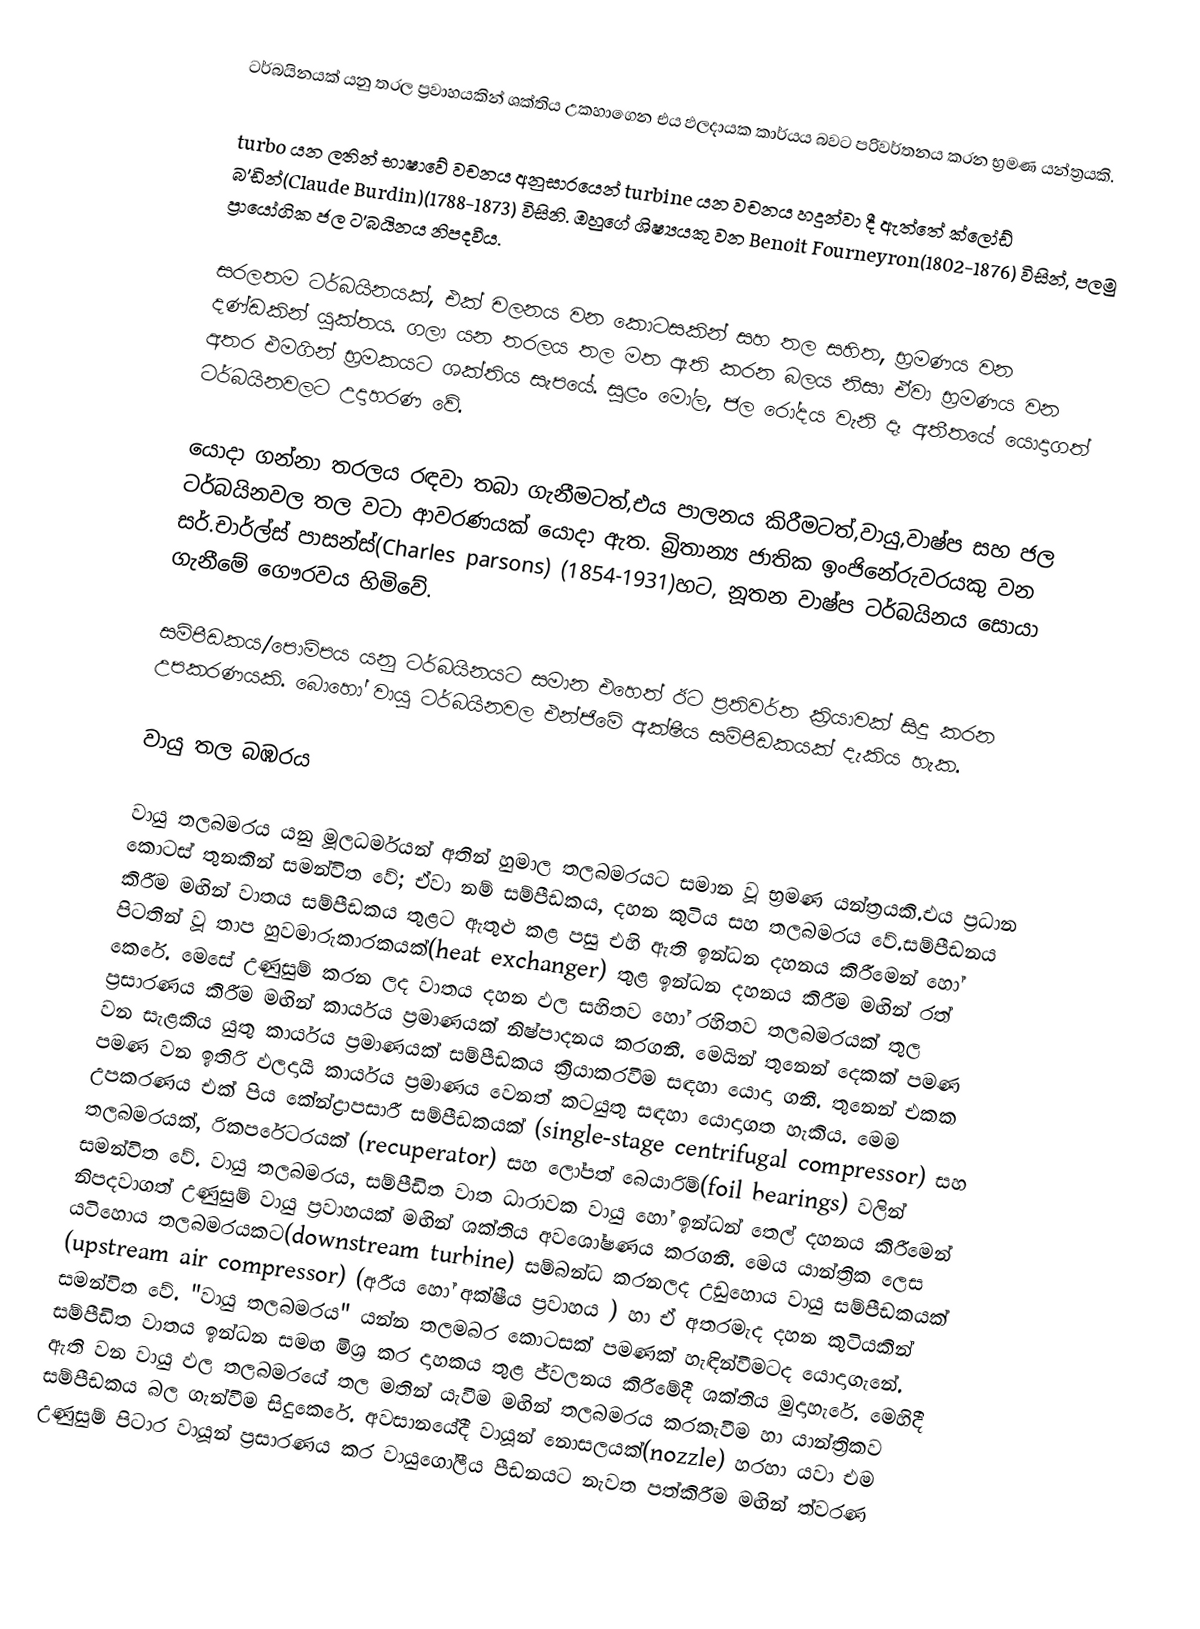
ටර්බයිනයක් යනු තරල ප්‍රවාහයකින්  ශක්තිය උකහාගෙන එය ඵලදායක කාර්යය බවට පරිවර්තනය කරන භ්‍රමණ යන්ත්‍රයකි.

turbo යන ලතින් භාෂාවේ වචනය අනුසාරයෙන් turbine යන වචනය හදුන්වා දී ඇත්තේ ක්ලෝඩ් බ'ඩින්(Claude Burdin)(1788-1873) විසිනි. ඔහුගේ ශිෂ්‍යයකු වන Benoit Fourneyron(1802-1876) විසින්, පලමු ප්‍රායෝගික ජල ට'බයිනය නිපදවීය.

සරලතම ටර්බයිනයක්, එක් චලනය වන කොටසකින් සහ තල සහිත, භ්‍රමණය වන දණ්ඩකින් යුක්තය. ගලා යන තරලය තල මත ඇති කරන බලය නිසා ඒවා භ්‍රමණය වන අතර එමගින් භ්‍රමකයට ශක්තිය සැපයේ. සුළං මෝල, ජල රෝදය වැනි දෑ අතීතයේ යොදාගත් ටර්බයිනවලට උදාහරණ වේ.

යොදා ගන්නා තරලය රඳවා තබා ගැනීමටත්,එය පාලනය කිරීමටත්,වායු,වාෂ්ප සහ ජල ටර්බයිනවල තල වටා ආවරණයක් යොදා ඇත. බ්‍රිතාන්‍ය ජාතික ඉංජිනේරුවරයකු වන සර්.චාර්ල්ස් පාසන්ස්(Charles parsons) (1854-1931)හට, නූතන වාෂ්ප ටර්බයිනය සොයා ගැනීමේ ගෞරවය හිමිවේ.

සම්පීඩකය/පොම්පය යනු ටර්බයිනයට සමාන එහෙත් ඊට ප්‍රතිවර්ත ක්‍රියාවක් සිදු කරන උපකරණයකි. බොහෝ වායු ටර්බයිනවල එන්ජිමේ අක්ෂීය සම්පීඩකයක් දැකිය හැක.

වායු තල බඹරය

වායු තලබමරය යනු මූලධර්මයන් අතින් හුමාල තලබමරයට සමාන වූ භ්‍රමණ යන්ත්‍රයකි.එය ප්‍රධාන කොටස් තුනකින් සමන්විත වේ; ඒවා නම් සම්පීඩකය, දහන කුටිය සහ තලබමරය වේ.සම්පීඩනය කිරීම මඟින් වාතය සම්පීඩකය තුළට ඇතුළු කළ පසු එහි ඇති ඉන්ධන දහනය කිරීමෙන් හෝ පිටතින් වූ තාප හුවමාරුකාරකයක්(heat exchanger) තුළ ඉන්ධන දහනය කිරීම මඟින් රත් කෙරේ. මෙසේ උණුසුම් කරන ලද වාතය දහන ඵල සහිතව හෝ රහිතව තලබමරයක් තුල ප්‍රසාරණය කිරීම මඟින් කාර්යය ප්‍රමාණයක් නිෂ්පාදනය කරගනී. මෙයින් තුනෙන් දෙකක් පමණ වන සැළකිය යුතු කාර්යය ප්‍රමාණයක් සම්පීඩකය ක්‍රියාකරවීම සඳහා යොදා ගනී. තුනෙන් එකක පමණ වන ඉතිරි ඵලදායී කාර්යය ප්‍රමාණය වෙනත් කටයුතු සඳහා යොදාගත හැකිය. මෙම උපකරණය එක් පිය කේන්ද්‍රාපසාරී සම්පීඩකයක් (single-stage centrifugal compressor) සහ තලබමරයක්, රිකපරේටරයක් (recuperator) සහ ලෝපත් බෙයාරිම්(foil bearings) වලින් සමන්විත වේ. වායු තලබමරය, සම්පීඩිත වාත ධාරාවක වායු හෝ ඉන්ධන් තෙල් දහනය කිරීමෙන් නිපදවාගත් උණුසුම් වායු ප්‍රවාහයක් මඟින් ශක්තිය අවශෝෂණය කරගනී. මෙය යාන්ත්‍රික ලෙස යටිහොය තලබමරයකට(downstream turbine) සම්බන්ධ කරනලද උඩුහොය වායු සම්පීඩකයක් (upstream air compressor) (අරීය හෝ අක්ෂීය ප්‍රවාහය ) හා ඒ අතරමැද දහන කුටියකින් සමන්විත වේ. "වායු තලබමරය" යන්න තලමබර කොටසක් පමණක් හැඳින්වීමටද යොදාගැනේ. සම්පීඩිත වාතය ඉන්ධන සමඟ මිශ්‍ර කර දාහකය තුළ ජ්වලනය කිරීමේදී ශක්තිය මුදාහැරේ. මෙහිදී ඇති වන වායු ඵල තලබමරයේ තල මතින් යැවීම මඟින් තලබමරය කරකැවීම හා යාන්ත්‍රිකව සම්පීඩකය බල ගැන්වීම සිදුකෙරේ. අවසානයේදී වායූන් නොසලයක්(nozzle) හරහා යවා එම උණුසුම් පිටාර වායූන් ප්‍රසාරණය කර වායුගෝලීය පීඩනයට නැවත පත්කිරීම මඟින් ත්වරණ